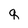
Character: q